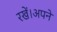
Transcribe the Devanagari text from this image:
रखें।अपने